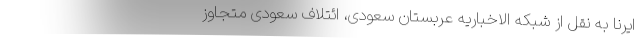
ایرنا به نقل از شبکه الاخباریه عربستان سعودی، ائتلاف سعودی متجاوز